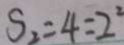
S _ { 2 } = 4 = 2 ^ { 2 }